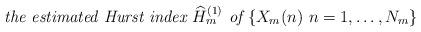
LaTeX: \begin{align*}\mbox{\it the estimated Hurst index $\widehat{H}_{m}^{(1)}$ of $\{X_m(n)~n=1,\ldots,N_m\}$}\end{align*}